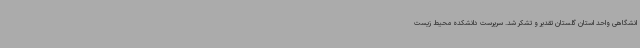
انشگاهی واحد استان گلستان تقدیر و تشکر شد. سرپرست دانشکده محیط زیست